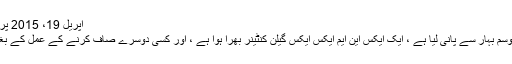
اپریل 19، 2015 پر 3: 13 بجے
میں نے اس موسم بہار سے پانی لیا ہے ، ایک ایکس این ایم ایکس ایکس گیلن کنٹینر بھرا ہوا ہے ، اور کسی دوسرے صاف کرنے کے عمل کے بغیر پی لیا ہوں۔